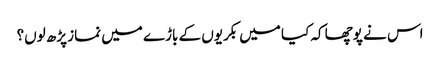
اس نے پوچھا کہ کیا میں بکریوں کے باڑے میں نماز پڑھ لوں؟